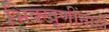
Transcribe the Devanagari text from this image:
भिक्खूणींनाही